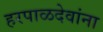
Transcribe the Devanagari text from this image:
हरपाळदेवांना